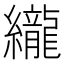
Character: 䌬